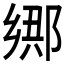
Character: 𲆘